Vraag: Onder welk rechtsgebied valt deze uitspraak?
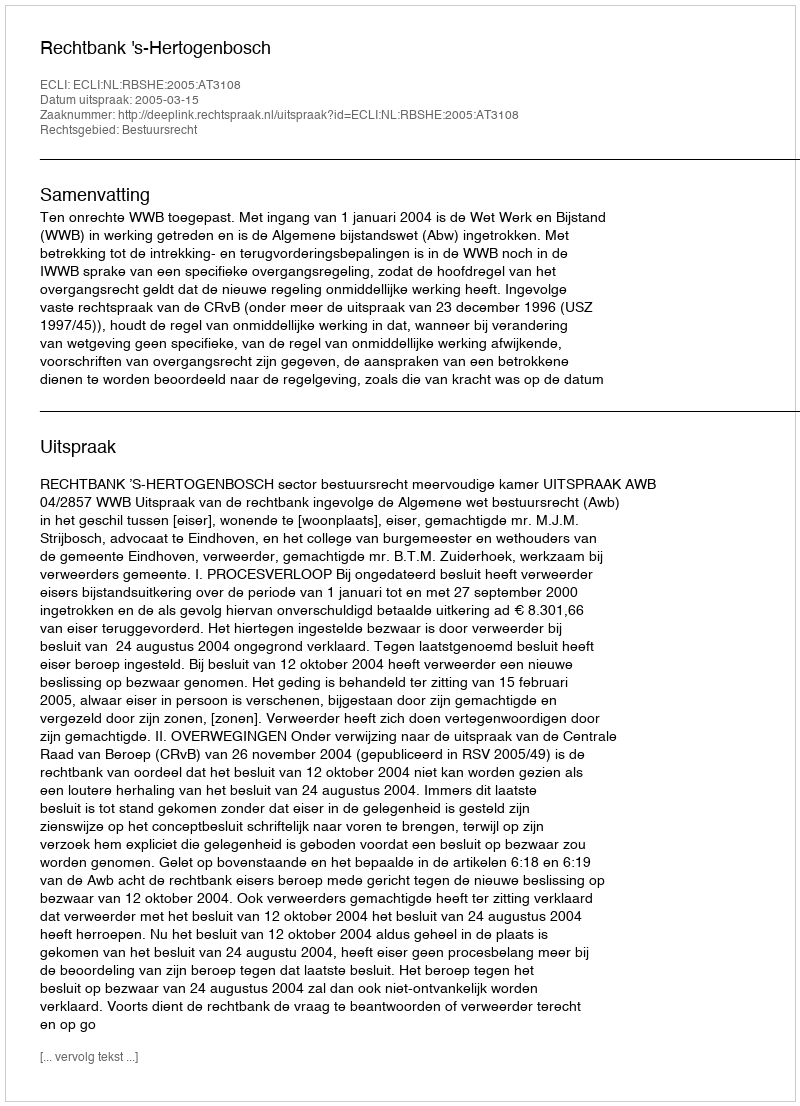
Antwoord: Bestuursrecht